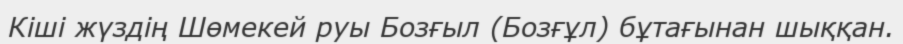
Кіші жүздің Шөмекей руы Бозғыл (Бозғұл) бұтағынан шыққан.